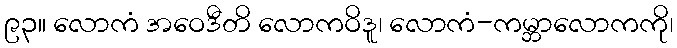
၉၃။ လောကံ အဝေဒီတိ လောကဝိဒူ၊ လောကံ-ကမ္ဘာလောကကို၊